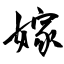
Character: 嫁